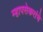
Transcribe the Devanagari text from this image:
म्हापसेकरांचे